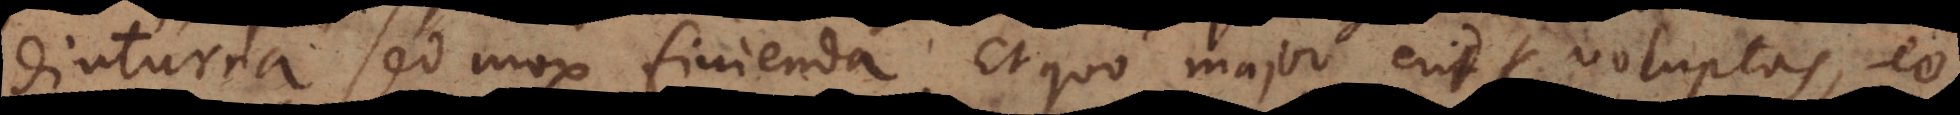
diuturna sed mox finienda. Et quo major erit voluptas, eo